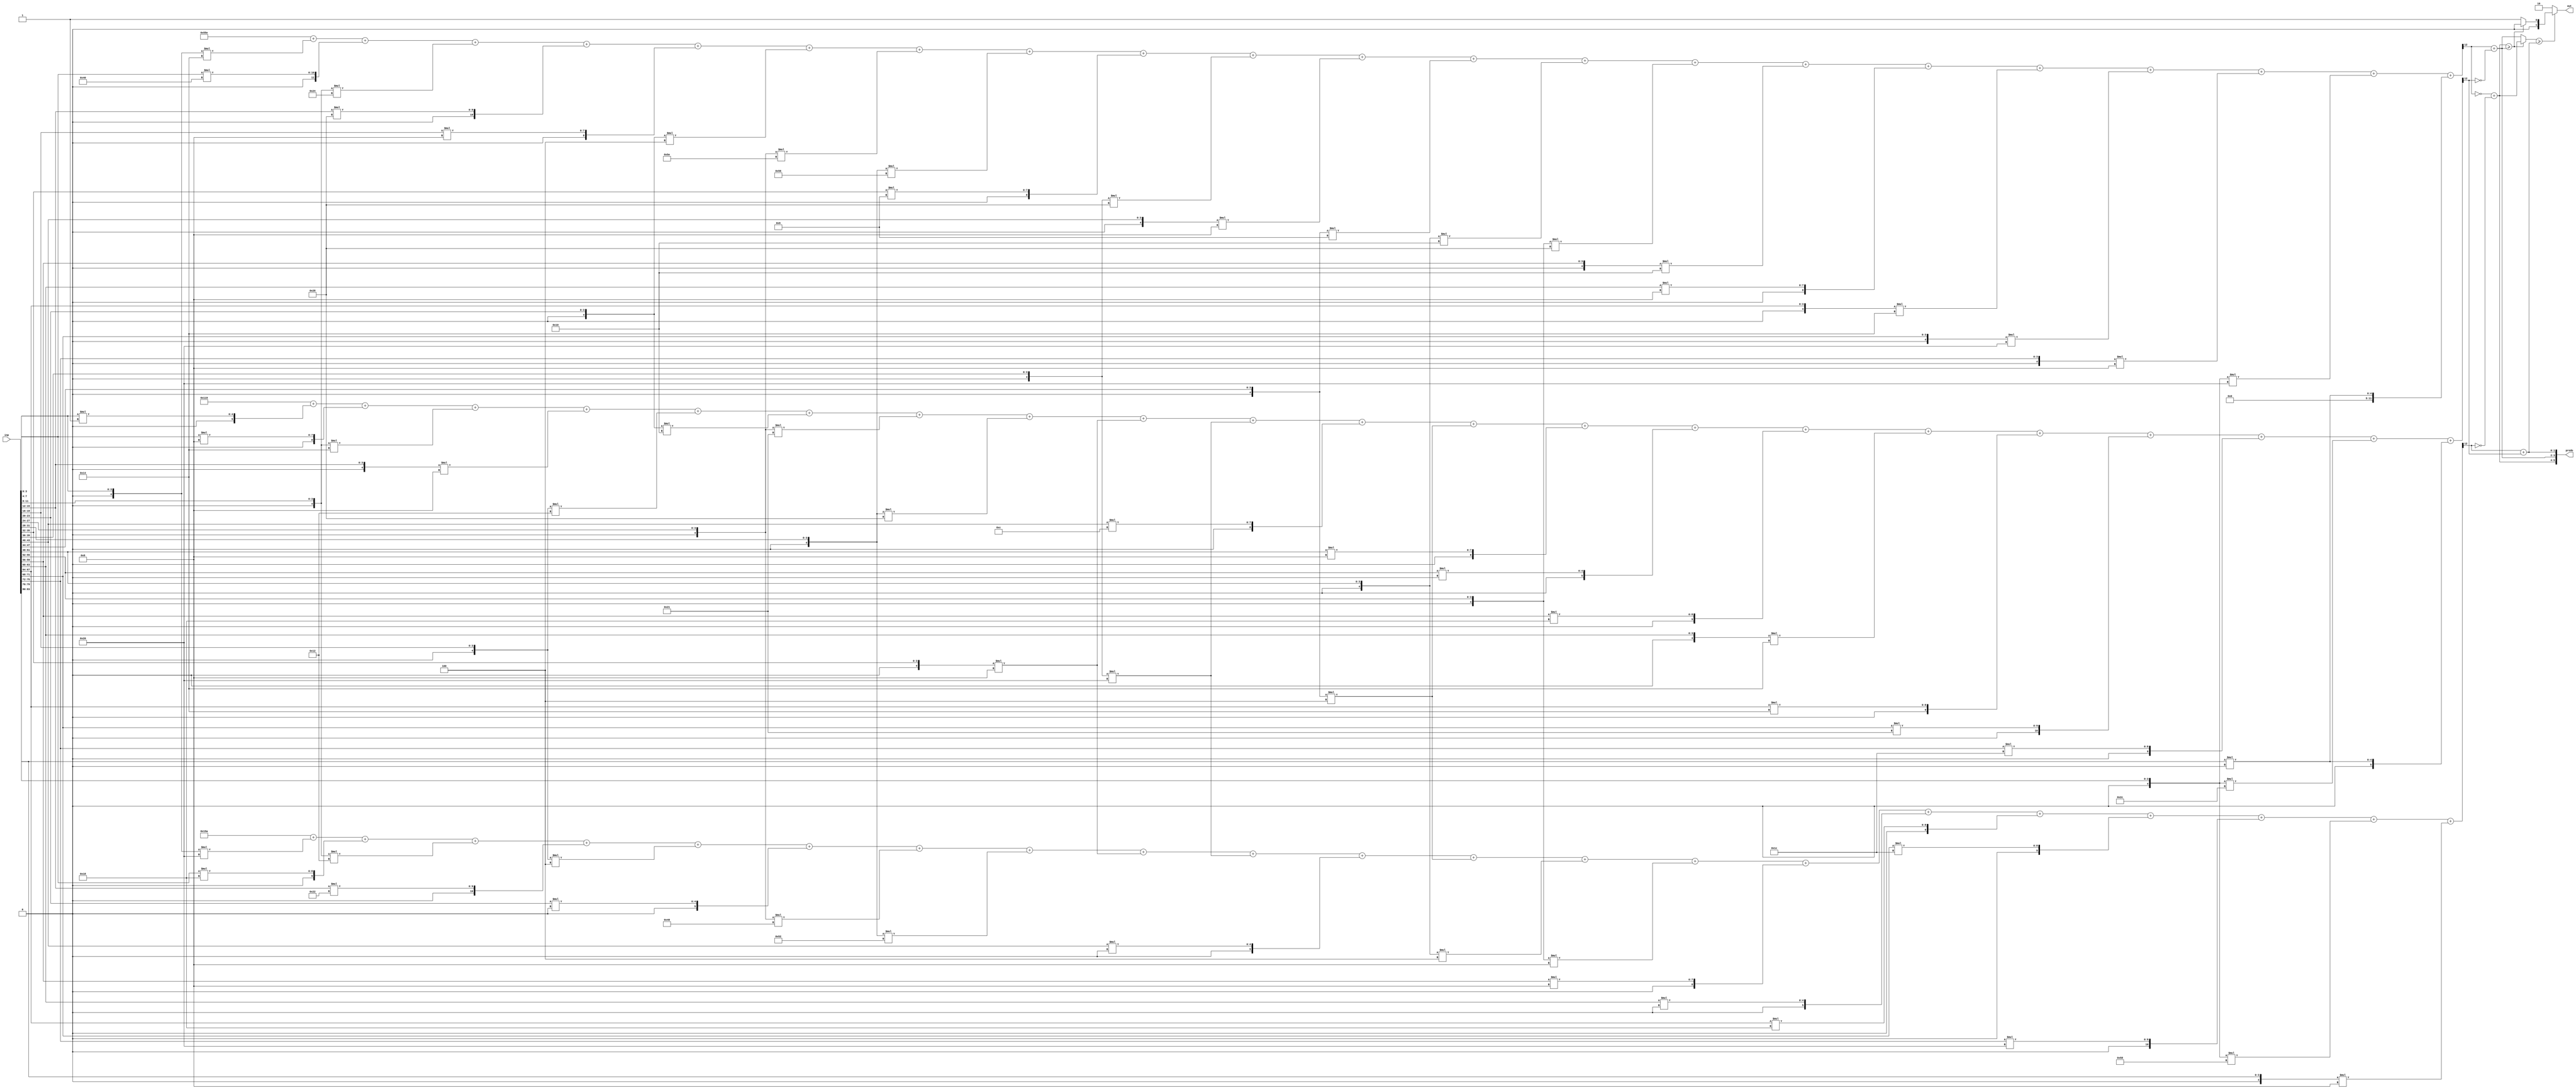
//weights: [[-12, 64, -28, 40, 8, -4, -34, -42, 9, -24, -8, -7, -16, -24, -16, 8, -12, -32, -8, -32, 0], [-32, 24, -14, 34, -4, 0, -56, -46, -8, -32, 0, -4, -4, -8, 8, 0, 24, 28, 32, -40, -8], [1, 8, -12, -8, -14, -16, -31, -24, -8, -32, 12, -4, 8, 0, 24, -12, 20, 33, 28, -20, 0]]
//intercepts: [1374, 346, -231]
//act size: [4, 13]
//pred num: 3
module top (inp, predo, out);
input [83:0] inp;
output [5:0] predo;
output [1:0] out;

// classifier: 0
    wire signed [11:0] n_0_0_po_0;
    //weight -12: 8'sb11110100
    assign n_0_0_po_0 = $signed({1'b0, inp[3:0]}) * 8'sb11110100;

    wire signed [11:0] n_0_0_po_1;
    //weight 64: 8'sb01000000
    assign n_0_0_po_1 = $signed({1'b0, inp[7:4]}) * 8'sb01000000;

    wire signed [11:0] n_0_0_po_2;
    //weight -28: 8'sb11100100
    assign n_0_0_po_2 = $signed({1'b0, inp[11:8]}) * 8'sb11100100;

    wire signed [11:0] n_0_0_po_3;
    //weight 40: 8'sb00101000
    assign n_0_0_po_3 = $signed({1'b0, inp[15:12]}) * 8'sb00101000;

    wire signed [11:0] n_0_0_po_4;
    //weight 8: 8'sb00001000
    assign n_0_0_po_4 = $signed({1'b0, inp[19:16]}) * 8'sb00001000;

    wire signed [11:0] n_0_0_po_5;
    //weight -4: 8'sb11111100
    assign n_0_0_po_5 = $signed({1'b0, inp[23:20]}) * 8'sb11111100;

    wire signed [11:0] n_0_0_po_6;
    //weight -34: 8'sb11011110
    assign n_0_0_po_6 = $signed({1'b0, inp[27:24]}) * 8'sb11011110;

    wire signed [11:0] n_0_0_po_7;
    //weight -42: 8'sb11010110
    assign n_0_0_po_7 = $signed({1'b0, inp[31:28]}) * 8'sb11010110;

    wire signed [11:0] n_0_0_po_8;
    //weight 9: 8'sb00001001
    assign n_0_0_po_8 = $signed({1'b0, inp[35:32]}) * 8'sb00001001;

    wire signed [11:0] n_0_0_po_9;
    //weight -24: 8'sb11101000
    assign n_0_0_po_9 = $signed({1'b0, inp[39:36]}) * 8'sb11101000;

    wire signed [11:0] n_0_0_po_10;
    //weight -8: 8'sb11111000
    assign n_0_0_po_10 = $signed({1'b0, inp[43:40]}) * 8'sb11111000;

    wire signed [11:0] n_0_0_po_11;
    //weight -7: 8'sb11111001
    assign n_0_0_po_11 = $signed({1'b0, inp[47:44]}) * 8'sb11111001;

    wire signed [11:0] n_0_0_po_12;
    //weight -16: 8'sb11110000
    assign n_0_0_po_12 = $signed({1'b0, inp[51:48]}) * 8'sb11110000;

    wire signed [11:0] n_0_0_po_13;
    //weight -24: 8'sb11101000
    assign n_0_0_po_13 = $signed({1'b0, inp[55:52]}) * 8'sb11101000;

    wire signed [11:0] n_0_0_po_14;
    //weight -16: 8'sb11110000
    assign n_0_0_po_14 = $signed({1'b0, inp[59:56]}) * 8'sb11110000;

    wire signed [11:0] n_0_0_po_15;
    //weight 8: 8'sb00001000
    assign n_0_0_po_15 = $signed({1'b0, inp[63:60]}) * 8'sb00001000;

    wire signed [11:0] n_0_0_po_16;
    //weight -12: 8'sb11110100
    assign n_0_0_po_16 = $signed({1'b0, inp[67:64]}) * 8'sb11110100;

    wire signed [11:0] n_0_0_po_17;
    //weight -32: 8'sb11100000
    assign n_0_0_po_17 = $signed({1'b0, inp[71:68]}) * 8'sb11100000;

    wire signed [11:0] n_0_0_po_18;
    //weight -8: 8'sb11111000
    assign n_0_0_po_18 = $signed({1'b0, inp[75:72]}) * 8'sb11111000;

    wire signed [11:0] n_0_0_po_19;
    //weight -32: 8'sb11100000
    assign n_0_0_po_19 = $signed({1'b0, inp[79:76]}) * 8'sb11100000;

    wire signed [11:0] n_0_0_po_20;
    //weight 0: 8'sb00000000
    assign n_0_0_po_20 = $signed({1'b0, inp[83:80]}) * 8'sb00000000;

    wire signed [12:0] n_0_0_sum;
    assign n_0_0_sum = 1374 + n_0_0_po_0 + n_0_0_po_1 + n_0_0_po_2 + n_0_0_po_3 + n_0_0_po_4 + n_0_0_po_5 + n_0_0_po_6 + n_0_0_po_7 + n_0_0_po_8 + n_0_0_po_9 + n_0_0_po_10 + n_0_0_po_11 + n_0_0_po_12 + n_0_0_po_13 + n_0_0_po_14 + n_0_0_po_15 + n_0_0_po_16 + n_0_0_po_17 + n_0_0_po_18 + n_0_0_po_19 + n_0_0_po_20;
    wire n_0_0;
    assign n_0_0 = n_0_0_sum[12];

// classifier: 1
    wire signed [11:0] n_0_1_po_0;
    //weight -32: 8'sb11100000
    assign n_0_1_po_0 = $signed({1'b0, inp[3:0]}) * 8'sb11100000;

    wire signed [11:0] n_0_1_po_1;
    //weight 24: 8'sb00011000
    assign n_0_1_po_1 = $signed({1'b0, inp[7:4]}) * 8'sb00011000;

    wire signed [11:0] n_0_1_po_2;
    //weight -14: 8'sb11110010
    assign n_0_1_po_2 = $signed({1'b0, inp[11:8]}) * 8'sb11110010;

    wire signed [11:0] n_0_1_po_3;
    //weight 34: 8'sb00100010
    assign n_0_1_po_3 = $signed({1'b0, inp[15:12]}) * 8'sb00100010;

    wire signed [11:0] n_0_1_po_4;
    //weight -4: 8'sb11111100
    assign n_0_1_po_4 = $signed({1'b0, inp[19:16]}) * 8'sb11111100;

    wire signed [11:0] n_0_1_po_5;
    //weight 0: 8'sb00000000
    assign n_0_1_po_5 = $signed({1'b0, inp[23:20]}) * 8'sb00000000;

    wire signed [11:0] n_0_1_po_6;
    //weight -56: 8'sb11001000
    assign n_0_1_po_6 = $signed({1'b0, inp[27:24]}) * 8'sb11001000;

    wire signed [11:0] n_0_1_po_7;
    //weight -46: 8'sb11010010
    assign n_0_1_po_7 = $signed({1'b0, inp[31:28]}) * 8'sb11010010;

    wire signed [11:0] n_0_1_po_8;
    //weight -8: 8'sb11111000
    assign n_0_1_po_8 = $signed({1'b0, inp[35:32]}) * 8'sb11111000;

    wire signed [11:0] n_0_1_po_9;
    //weight -32: 8'sb11100000
    assign n_0_1_po_9 = $signed({1'b0, inp[39:36]}) * 8'sb11100000;

    wire signed [11:0] n_0_1_po_10;
    //weight 0: 8'sb00000000
    assign n_0_1_po_10 = $signed({1'b0, inp[43:40]}) * 8'sb00000000;

    wire signed [11:0] n_0_1_po_11;
    //weight -4: 8'sb11111100
    assign n_0_1_po_11 = $signed({1'b0, inp[47:44]}) * 8'sb11111100;

    wire signed [11:0] n_0_1_po_12;
    //weight -4: 8'sb11111100
    assign n_0_1_po_12 = $signed({1'b0, inp[51:48]}) * 8'sb11111100;

    wire signed [11:0] n_0_1_po_13;
    //weight -8: 8'sb11111000
    assign n_0_1_po_13 = $signed({1'b0, inp[55:52]}) * 8'sb11111000;

    wire signed [11:0] n_0_1_po_14;
    //weight 8: 8'sb00001000
    assign n_0_1_po_14 = $signed({1'b0, inp[59:56]}) * 8'sb00001000;

    wire signed [11:0] n_0_1_po_15;
    //weight 0: 8'sb00000000
    assign n_0_1_po_15 = $signed({1'b0, inp[63:60]}) * 8'sb00000000;

    wire signed [11:0] n_0_1_po_16;
    //weight 24: 8'sb00011000
    assign n_0_1_po_16 = $signed({1'b0, inp[67:64]}) * 8'sb00011000;

    wire signed [11:0] n_0_1_po_17;
    //weight 28: 8'sb00011100
    assign n_0_1_po_17 = $signed({1'b0, inp[71:68]}) * 8'sb00011100;

    wire signed [11:0] n_0_1_po_18;
    //weight 32: 8'sb00100000
    assign n_0_1_po_18 = $signed({1'b0, inp[75:72]}) * 8'sb00100000;

    wire signed [11:0] n_0_1_po_19;
    //weight -40: 8'sb11011000
    assign n_0_1_po_19 = $signed({1'b0, inp[79:76]}) * 8'sb11011000;

    wire signed [11:0] n_0_1_po_20;
    //weight -8: 8'sb11111000
    assign n_0_1_po_20 = $signed({1'b0, inp[83:80]}) * 8'sb11111000;

    wire signed [12:0] n_0_1_sum;
    assign n_0_1_sum = 346 + n_0_1_po_0 + n_0_1_po_1 + n_0_1_po_2 + n_0_1_po_3 + n_0_1_po_4 + n_0_1_po_5 + n_0_1_po_6 + n_0_1_po_7 + n_0_1_po_8 + n_0_1_po_9 + n_0_1_po_10 + n_0_1_po_11 + n_0_1_po_12 + n_0_1_po_13 + n_0_1_po_14 + n_0_1_po_15 + n_0_1_po_16 + n_0_1_po_17 + n_0_1_po_18 + n_0_1_po_19 + n_0_1_po_20;
    wire n_0_1;
    assign n_0_1 = n_0_1_sum[12];

// classifier: 2
    wire signed [11:0] n_0_2_po_0;
    //weight 1: 8'sb00000001
    assign n_0_2_po_0 = $signed({1'b0, inp[3:0]}) * 8'sb00000001;

    wire signed [11:0] n_0_2_po_1;
    //weight 8: 8'sb00001000
    assign n_0_2_po_1 = $signed({1'b0, inp[7:4]}) * 8'sb00001000;

    wire signed [11:0] n_0_2_po_2;
    //weight -12: 8'sb11110100
    assign n_0_2_po_2 = $signed({1'b0, inp[11:8]}) * 8'sb11110100;

    wire signed [11:0] n_0_2_po_3;
    //weight -8: 8'sb11111000
    assign n_0_2_po_3 = $signed({1'b0, inp[15:12]}) * 8'sb11111000;

    wire signed [11:0] n_0_2_po_4;
    //weight -14: 8'sb11110010
    assign n_0_2_po_4 = $signed({1'b0, inp[19:16]}) * 8'sb11110010;

    wire signed [11:0] n_0_2_po_5;
    //weight -16: 8'sb11110000
    assign n_0_2_po_5 = $signed({1'b0, inp[23:20]}) * 8'sb11110000;

    wire signed [11:0] n_0_2_po_6;
    //weight -31: 8'sb11100001
    assign n_0_2_po_6 = $signed({1'b0, inp[27:24]}) * 8'sb11100001;

    wire signed [11:0] n_0_2_po_7;
    //weight -24: 8'sb11101000
    assign n_0_2_po_7 = $signed({1'b0, inp[31:28]}) * 8'sb11101000;

    wire signed [11:0] n_0_2_po_8;
    //weight -8: 8'sb11111000
    assign n_0_2_po_8 = $signed({1'b0, inp[35:32]}) * 8'sb11111000;

    wire signed [11:0] n_0_2_po_9;
    //weight -32: 8'sb11100000
    assign n_0_2_po_9 = $signed({1'b0, inp[39:36]}) * 8'sb11100000;

    wire signed [11:0] n_0_2_po_10;
    //weight 12: 8'sb00001100
    assign n_0_2_po_10 = $signed({1'b0, inp[43:40]}) * 8'sb00001100;

    wire signed [11:0] n_0_2_po_11;
    //weight -4: 8'sb11111100
    assign n_0_2_po_11 = $signed({1'b0, inp[47:44]}) * 8'sb11111100;

    wire signed [11:0] n_0_2_po_12;
    //weight 8: 8'sb00001000
    assign n_0_2_po_12 = $signed({1'b0, inp[51:48]}) * 8'sb00001000;

    wire signed [11:0] n_0_2_po_13;
    //weight 0: 8'sb00000000
    assign n_0_2_po_13 = $signed({1'b0, inp[55:52]}) * 8'sb00000000;

    wire signed [11:0] n_0_2_po_14;
    //weight 24: 8'sb00011000
    assign n_0_2_po_14 = $signed({1'b0, inp[59:56]}) * 8'sb00011000;

    wire signed [11:0] n_0_2_po_15;
    //weight -12: 8'sb11110100
    assign n_0_2_po_15 = $signed({1'b0, inp[63:60]}) * 8'sb11110100;

    wire signed [11:0] n_0_2_po_16;
    //weight 20: 8'sb00010100
    assign n_0_2_po_16 = $signed({1'b0, inp[67:64]}) * 8'sb00010100;

    wire signed [11:0] n_0_2_po_17;
    //weight 33: 8'sb00100001
    assign n_0_2_po_17 = $signed({1'b0, inp[71:68]}) * 8'sb00100001;

    wire signed [11:0] n_0_2_po_18;
    //weight 28: 8'sb00011100
    assign n_0_2_po_18 = $signed({1'b0, inp[75:72]}) * 8'sb00011100;

    wire signed [11:0] n_0_2_po_19;
    //weight -20: 8'sb11101100
    assign n_0_2_po_19 = $signed({1'b0, inp[79:76]}) * 8'sb11101100;

    wire signed [11:0] n_0_2_po_20;
    //weight 0: 8'sb00000000
    assign n_0_2_po_20 = $signed({1'b0, inp[83:80]}) * 8'sb00000000;

    wire signed [12:0] n_0_2_sum;
    assign n_0_2_sum = -231 + n_0_2_po_0 + n_0_2_po_1 + n_0_2_po_2 + n_0_2_po_3 + n_0_2_po_4 + n_0_2_po_5 + n_0_2_po_6 + n_0_2_po_7 + n_0_2_po_8 + n_0_2_po_9 + n_0_2_po_10 + n_0_2_po_11 + n_0_2_po_12 + n_0_2_po_13 + n_0_2_po_14 + n_0_2_po_15 + n_0_2_po_16 + n_0_2_po_17 + n_0_2_po_18 + n_0_2_po_19 + n_0_2_po_20;
    wire n_0_2;
    assign n_0_2 = n_0_2_sum[12];

// decisionMatrix inp: n_0_0, n_0_1, n_0_2
    wire dm_cmp_0_1, dm_cmp_1_0;
    assign dm_cmp_0_1 = ~n_0_0;
    assign dm_cmp_1_0 = n_0_0;

    wire dm_cmp_0_2, dm_cmp_2_0;
    assign dm_cmp_0_2 = ~n_0_1;
    assign dm_cmp_2_0 = n_0_1;

    wire dm_cmp_1_2, dm_cmp_2_1;
    assign dm_cmp_1_2 = ~n_0_2;
    assign dm_cmp_2_1 = n_0_2;

    wire [1:0] dm_sum_0;
    assign dm_sum_0 = dm_cmp_0_1 + dm_cmp_0_2;
    wire [1:0] dm_sum_1;
    assign dm_sum_1 = dm_cmp_1_0 + dm_cmp_1_2;
    wire [1:0] dm_sum_2;
    assign dm_sum_2 = dm_cmp_2_0 + dm_cmp_2_1;

    assign predo = {dm_sum_0,dm_sum_1,dm_sum_2};
// argmax: 3 classes, need 2 bits
// argmax inp: dm_sum_0, dm_sum_1, dm_sum_2
    //comp level 0
    wire cmp_0_0;
    wire [1:0] argmax_val_0_0;
    wire [1:0] argmax_idx_0_0;
    assign {cmp_0_0} = ( dm_sum_0 >= dm_sum_1 );
    assign {argmax_val_0_0} = ( cmp_0_0 ) ? dm_sum_0 : dm_sum_1;
    assign {argmax_idx_0_0} = ( cmp_0_0 ) ? 2'b00 : 2'b01;

    //comp level 1
    wire cmp_1_0;
    wire [1:0] argmax_val_1_0;
    wire [1:0] argmax_idx_1_0;
    assign {cmp_1_0} = ( argmax_val_0_0 >= dm_sum_2 );
    assign {argmax_val_1_0} = ( cmp_1_0 ) ? argmax_val_0_0 : dm_sum_2;
    assign {argmax_idx_1_0} = ( cmp_1_0 ) ? argmax_idx_0_0 : 2'b10;

    assign out = argmax_idx_1_0;

endmodule